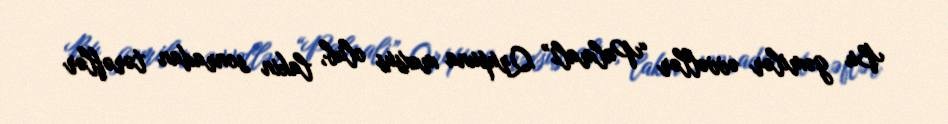
Bu gəmilər əvvəllər “Palmali” Qrupuna məxsus olub, lakin sonradan tərəflər